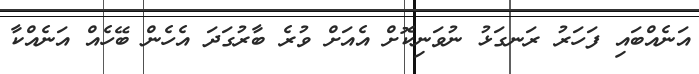
އަނެއްބައި ފަހަރު ރަނގަޅު ނުވަނިކޮށް އެއަށް ވުރެ ބާރުގަދަ އެހެން ބޭހެއް އަނެއްކާ